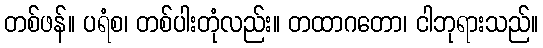
တစ်ဖန်။ ပရံစ၊ တစ်ပါးတုံလည်း။ တထာဂတော၊ ငါဘုရားသည်။